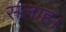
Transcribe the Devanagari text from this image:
सलाह।